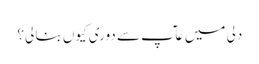
دلی میں عآپ سے دوری کیوں بنا لی؟